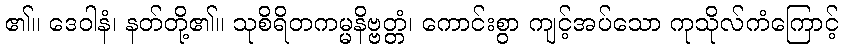
၏။ ဒေဝါနံ၊ နတ်တို့၏။ သုစိရိတကမ္မနိဗ္ဗတ္တံ၊ ကောင်းစွာ ကျင့်အပ်သော ကုသိုလ်ကံကြောင့်